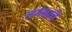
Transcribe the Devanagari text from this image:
लगद्याचे